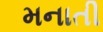
મનાતી